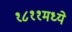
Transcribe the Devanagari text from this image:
१८११मध्ये